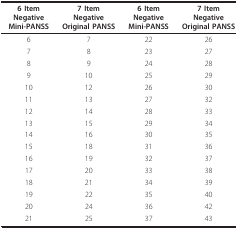
<table><thead><tr><td><b>6 Item NegativeMini-PANSS</b></td><td><b>7 Item NegativeOriginal PANSS</b></td><td><b>6 Item NegativeMini-PANSS</b></td><td><b>7 Item NegativeOriginal PANSS</b></td></tr></thead><tbody><tr><td>6</td><td>7</td><td>22</td><td>26</td></tr><tr><td>7</td><td>8</td><td>23</td><td>27</td></tr><tr><td>8</td><td>9</td><td>24</td><td>28</td></tr><tr><td>9</td><td>10</td><td>25</td><td>29</td></tr><tr><td>10</td><td>12</td><td>26</td><td>30</td></tr><tr><td>11</td><td>13</td><td>27</td><td>32</td></tr><tr><td>12</td><td>14</td><td>28</td><td>33</td></tr><tr><td>13</td><td>15</td><td>29</td><td>34</td></tr><tr><td>14</td><td>16</td><td>30</td><td>35</td></tr><tr><td>15</td><td>18</td><td>31</td><td>36</td></tr><tr><td>16</td><td>19</td><td>32</td><td>37</td></tr><tr><td>17</td><td>20</td><td>33</td><td>38</td></tr><tr><td>18</td><td>21</td><td>34</td><td>39</td></tr><tr><td>19</td><td>22</td><td>35</td><td>40</td></tr><tr><td>20</td><td>24</td><td>36</td><td>42</td></tr><tr><td>21</td><td>25</td><td>37</td><td>43</td></tr></tbody></table>